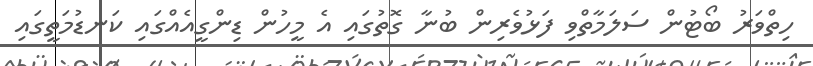
ހިތްވަރު ބޯޓުން ސަލަމާތްވި ފަޅުވެރިން ބުނާ ގޮތުގައި އެ މީހުން ޑިންގީއެއްގައި ކަނޑުމަތީގައި